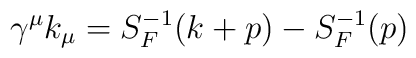
\gamma^\mu k_\mu = S_F^{-1} (k + p) - S^{-1}_F(p)